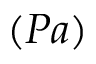
( P a )